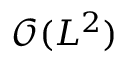
\mathcal { O } ( L ^ { 2 } )